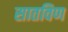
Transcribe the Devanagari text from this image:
सातविण